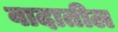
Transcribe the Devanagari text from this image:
वादातील